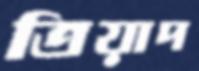
ত্রিয়াদ